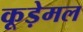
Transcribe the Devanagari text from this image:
कूड़ेमल